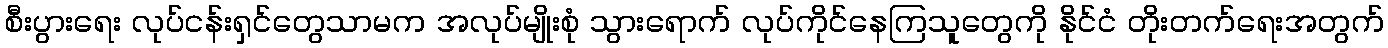
စီးပွားရေး လုပ်ငန်းရှင်တွေသာမက အလုပ်မျိုးစုံ သွားရောက် လုပ်ကိုင်နေကြသူတွေကို နိုင်ငံ တိုးတက်ရေးအတွက်